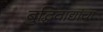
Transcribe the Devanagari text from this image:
बुद्धिवाद्यांचा